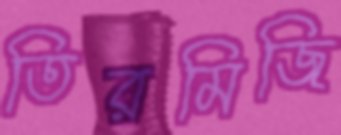
তিরমিজি